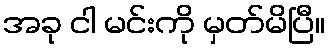
အခု ငါ မင်းကို မှတ်မိပြီ။